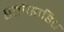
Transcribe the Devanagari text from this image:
हतोसाहित